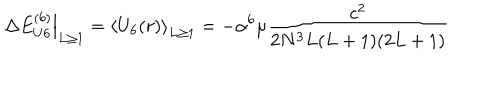
LaTeX: \left. \Delta E _ { U 6 } ^ { ( 6 ) } \right| _ { L \ge 1 } = \left\langle U _ { 6 } ( r ) \right\rangle _ { L \ge 1 } = - \alpha ^ { 6 } \mu \frac { c ^ { 2 } } { 2 N ^ { 3 } L ( L + 1 ) ( 2 L + 1 ) }